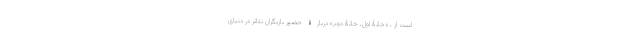
است از ، «خانۀ اول، خانۀ دوم» دربارۀ حضور بازیگران تئاتر در دنیای